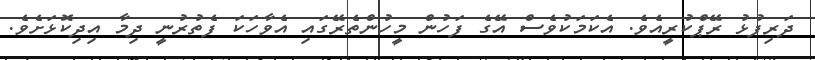
ދަރިފުޅު ރޭޕްކުރީއެވެ. އެކަމަކުވެސް އޭގެ ފަހުން މީހުންތެރޭގައި އެވާހަކަ ފެތުރުނީ ދިމާ އިދިކޮޅަށެވެ.